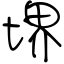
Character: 堺